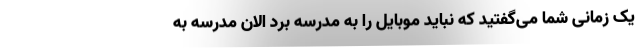
یک زمانی شما می‌گفتید که نباید موبایل را به مدرسه برد الان مدرسه به